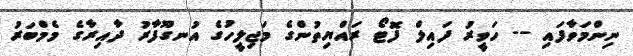
ނިންމަވާފައި -- ހަވީރު ފައިލް ފޮޓޯ ރައްޔިތުންގެ މަޖިލީހުގެ އުނގޫފާރު ދާއިރާގެ މެމްބަރު